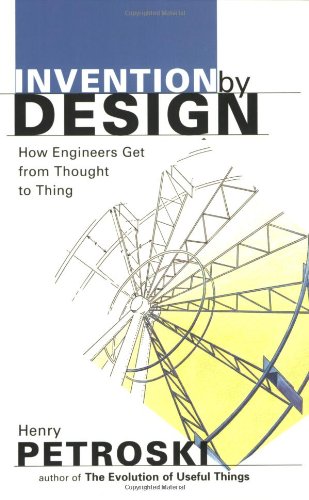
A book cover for Invention by Design; How Engineers Get from Thought to Thing; Henry Petroski; Engineering & Transportation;